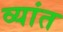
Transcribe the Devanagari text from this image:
व्यांत